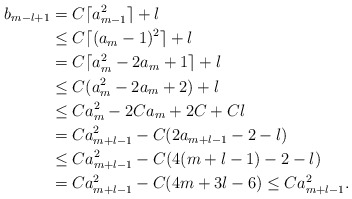
\begin{align*}b_{m-l+1}&=C\lceil a_{m-1}^2\rceil+l\\&\leq C\lceil (a_{m}-1)^2\rceil+l\\&=C\lceil a_m^2-2a_m+1\rceil+l\\&\leq C(a_m^2-2a_m+2)+l\\&\leq Ca_m^2-2Ca_m+2C+Cl\\&=Ca_{m+l-1}^2-C(2a_{m+l-1}-2-l)\\&\leq Ca_{m+l-1}^2-C(4(m+l-1)-2-l)\\&=Ca_{m+l-1}^2-C(4m+3l-6)\leq Ca_{m+l-1}^2.\end{align*}